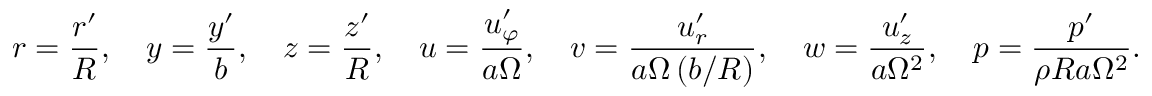
r = \frac { r ^ { \prime } } { R } , \ \ \ y = \frac { y ^ { \prime } } { b } , \ \ \ z = \frac { z ^ { \prime } } { R } , \ \ \ u = \frac { u _ { \varphi } ^ { \prime } } { a \Omega } , \ \ \ v = \frac { u _ { r } ^ { \prime } } { a \Omega \left( b / R \right) } , \ \ \ w = \frac { u _ { z } ^ { \prime } } { a \Omega ^ { 2 } } , \ \ \ p = \frac { p ^ { \prime } } { \rho R a \Omega ^ { 2 } } .